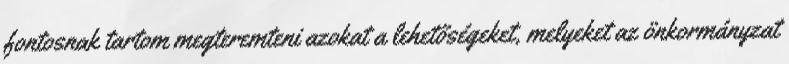
fontosnak tartom megteremteni azokat a lehetőségeket, melyeket az önkormányzat